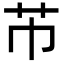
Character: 芇